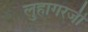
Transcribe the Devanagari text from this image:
लुहागरजी